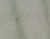
كيف